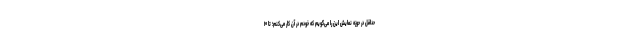
حداقل در حوزه نمایش این را می‌گویم که خودم در آن کار می‌کنم؛ تا ۱۰